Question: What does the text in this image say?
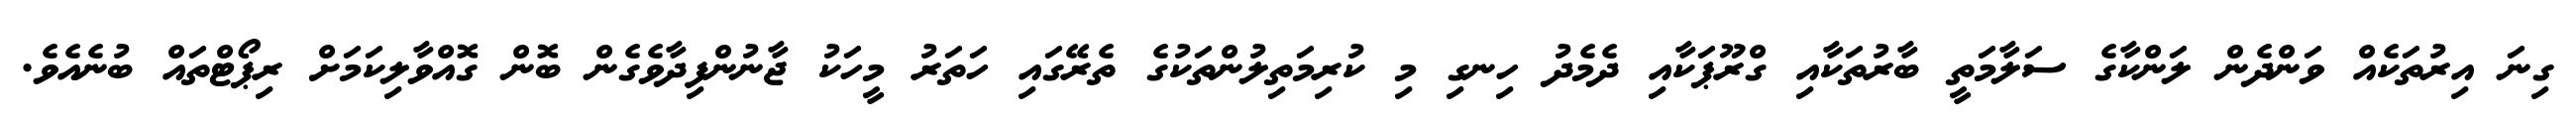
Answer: ގިނަ އިރުތަކެއް ވަންދެން ލަންކާގެ ސަލާމަތީ ބާރުތަކާއި ގްރޫޕަކާއި ދެމެދު ހިނގި މި ކުރިމަތިލުންތަކުގެ ތެރޭގައި ހަތަރު މީހަކު ޖާނުންފިދާވެގެން ބޮން ގޮއްވާލިކަމަށް ރިޕޯޓްތައް ބުނެއެވެ.